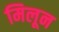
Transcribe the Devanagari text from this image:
मिलून